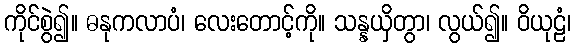
ကိုင်စွဲ၍။ ဓနုကလာပံ၊ လေးတောင့်ကို။ သန္နယှိတွာ၊ လွယ်၍။ ဝိယုဠံ၊